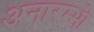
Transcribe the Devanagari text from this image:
अनारम्भो